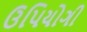
ઉપિયોગી